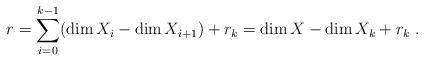
LaTeX: \begin{align*}r=\mathop{\sum}_{i=0}^{k-1}({\rm dim}\, X_{i}-{\rm dim}\,X_{i+1}) + r_k ={\rm dim}\, X-{\rm dim}\, X_{k} + r_k \; . \end{align*}